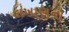
લખાણનો